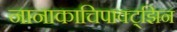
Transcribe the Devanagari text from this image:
नानाकाचिपाक्ट्झिन